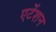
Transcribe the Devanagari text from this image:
एटेंशन